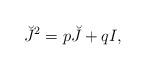
LaTeX: \begin{align*}\breve{J}^{2}=p\breve{J}+qI, \end{align*}